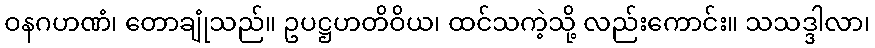
ဝနဂဟဏံ၊ တောချုံသည်။ ဥပဋ္ဌဟတိဝိယ၊ ထင်သကဲ့သို့ လည်းကောင်း။ သသဒ္ဒါလာ၊